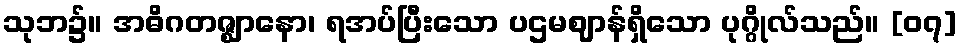
သုဘ၌။ အဓိဂတဇ္ဈာနော၊ ရအပ်ပြီးသော ပဌမဈာန်ရှိသော ပုဂ္ဂိုလ်သည်။ [၀၇]